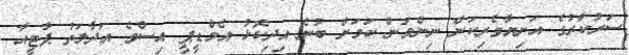
ސަރުކާރުގެ އަނިޔާވެރިކަން ނިންމަން ކަމަށް ބުނެ އިދިކޮޅު އެމްޑީޕީ އިސްވެ އަދާލަތު ޕާޓީއާ